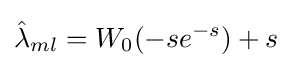
{\hat {\lambda }}_{ml}=W_{0}(-se^{-s})+s